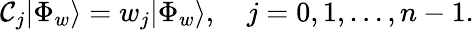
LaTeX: {\cal C}_{j}|\Phi_{w}\rangle=w_{j}|\Phi_{w}\rangle,\quad j=0,1,\ldots,n-1.